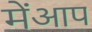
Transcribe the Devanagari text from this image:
मेंआप